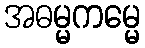
အဓမ္မကမ္မေ